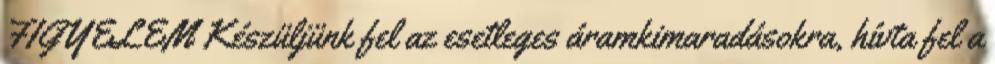
FIGYELEM Készüljünk fel az esetleges áramkimaradásokra, hívta fel a